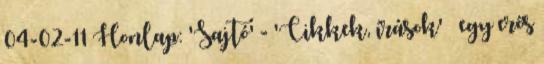
04-02-11 Honlap: 'Sajtó' - 'Cikkek, írások' » egy erős